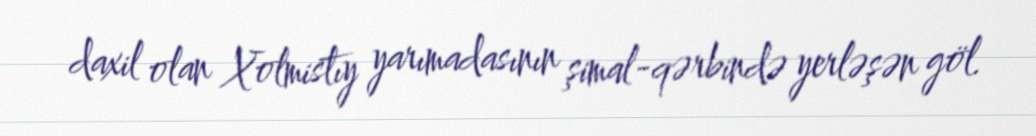
daxil olan Xolmistıy yarımadasının şimal-qərbində yerləşən göl.